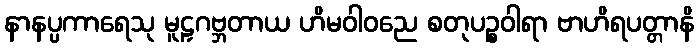
နာနပ္ပကာရေသု မူဠှဂဗ္ဘတာယ ဟိမဝါဝညေ စတုပဉ္စဝါရာ ဗာဟိရပတ္တာနိ